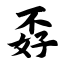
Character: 孬